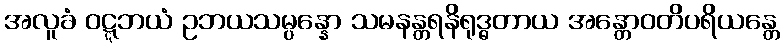
အလူခံ ဝဋ္ဋဘယံ ဥဘယသမ္ပန္နော သမနန္တရနိရုဒ္ဓတာယ အန္တောဝတိပရိယန္တေ